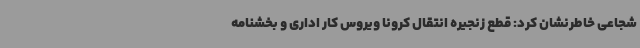
شجاعی خاطرنشان کرد: قطع زنجیره انتقال کرونا ویروس کار اداری و بخشنامه